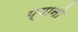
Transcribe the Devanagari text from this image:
प्यानो